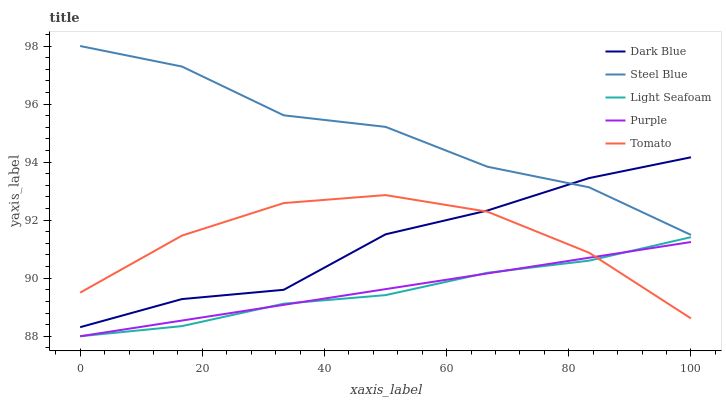
| xaxis_label | Dark Blue | Steel Blue | Light Seafoam | Purple | Tomato |
 | --- | --- | --- | --- | --- | --- |
 | 0 | 88.3 | 98 | 88 | 88 | 89.5 |
 | 16.7 | 89.3 | 97.3 | 88.3 | 88.5 | 91.5 |
 | 33.3 | 89.6 | 95.6 | 89.1 | 89.1 | 92.6 |
 | 50 | 91.5 | 95.2 | 89.4 | 89.6 | 92.9 |
 | 66.7 | 92.3 | 93.8 | 90.2 | 90.2 | 92.3 |
 | 83.3 | 93.5 | 93.1 | 90.6 | 90.7 | 90.9 |
 | 100 | 94.2 | 91.5 | 91.4 | 91.2 | 88.6 |